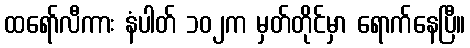
ထရော်လီကား နံပါတ် ၁၀၂က မှတ်တိုင်မှာ ရောက်နေပြီ။